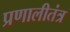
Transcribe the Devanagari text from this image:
प्रणालीतंत्र